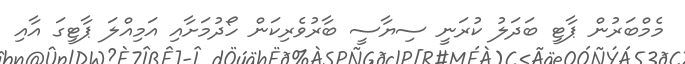
މެމްބަރުން ޕާޓީ ބަދަލު ކުރަނީ ސިޔާސީ ބާރުވެރިކަން ހޯދުމަށާއި އަމިއްލަ ޕާޓީގަ އާއި